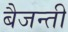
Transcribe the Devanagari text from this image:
बैजन्ती